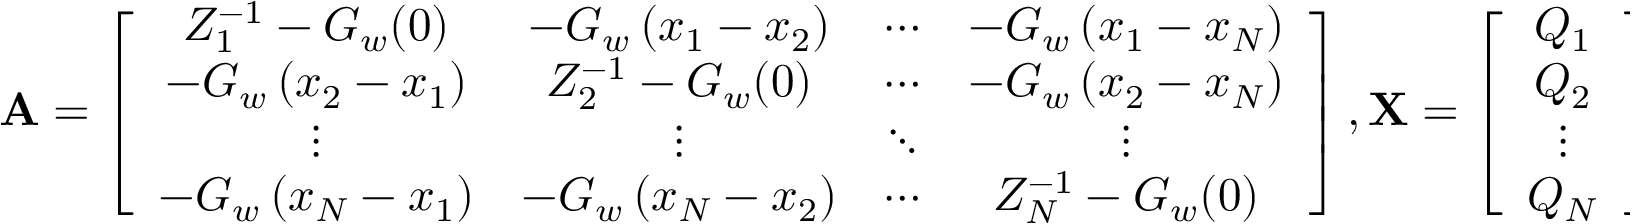
\mathbf { A } = \left[ \begin{array} { c c c c } { Z _ { 1 } ^ { - 1 } - G _ { w } ( 0 ) } & { - G _ { w } \left( x _ { 1 } - x _ { 2 } \right) } & { \cdots } & { - G _ { w } \left( x _ { 1 } - x _ { N } \right) } \\ { - G _ { w } \left( x _ { 2 } - x _ { 1 } \right) } & { Z _ { 2 } ^ { - 1 } - G _ { w } ( 0 ) } & { \cdots } & { - G _ { w } \left( x _ { 2 } - x _ { N } \right) } \\ { \vdots } & { \vdots } & { \ddots } & { \vdots } \\ { - G _ { w } \left( x _ { N } - x _ { 1 } \right) } & { - G _ { w } \left( x _ { N } - x _ { 2 } \right) } & { \cdots } & { Z _ { N } ^ { - 1 } - G _ { w } ( 0 ) } \end{array} \right] , \mathbf { X } = \left[ \begin{array} { c } { Q _ { 1 } } \\ { Q _ { 2 } } \\ { \vdots } \\ { Q _ { N } } \end{array} \right] .